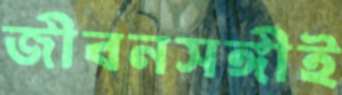
জীবনসঙ্গীই